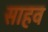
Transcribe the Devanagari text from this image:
साहव